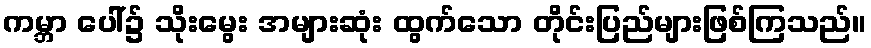
ကမ္ဘာ ပေါ်၌ သိုးမွေး အများဆုံး ထွက်သော တိုင်းပြည်များဖြစ်ကြသည်။